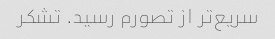
سریع‌تر از تصورم رسید. تشکر